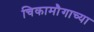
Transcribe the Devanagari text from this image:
चिकामौगाच्या